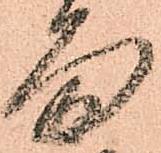
面